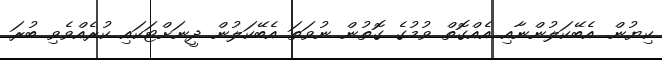
ކިޔުން. އެބޭކަލުންނާއި އެއްގޮތް ވުމުގެ ގޮތުން ނުވަތަ އެބޭކަލުން ދީނަށްޓަކައި ކުރެއްވެވި ބުރަ